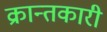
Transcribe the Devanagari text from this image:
क्रान्तकारी